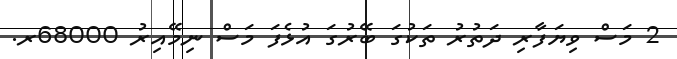
2 މަސް ވިޔަފާރި ދަތުރު ތަކުގަ ބޭރުގަ އުޅެފަ މަސް ނިމޭއިރު 68000ރ.